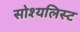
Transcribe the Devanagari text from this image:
सोश्यलिस्ट